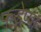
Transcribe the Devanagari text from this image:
फडेप्पा